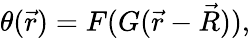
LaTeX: \theta(\vec{r})=F(G(\vec{r}-\vec{R})),